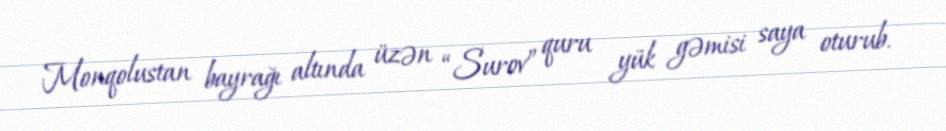
Monqolustan bayrağı altında üzən “Surov” quru yük gəmisi saya oturub.